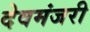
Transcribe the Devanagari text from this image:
देवमंजरी